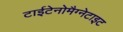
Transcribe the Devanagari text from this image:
टाईटेनोमैग्नेटाइट